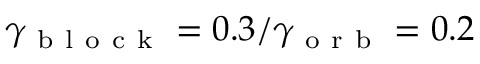
\gamma _ { \mathrm { ~ b ~ l ~ o ~ c ~ k ~ } } = 0 . 3 / \gamma _ { \mathrm { ~ o ~ r ~ b ~ } } = 0 . 2